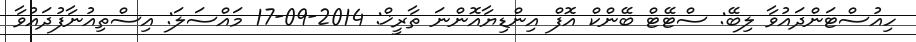
ހިއުސްޓަންދައުވާ ލިބޭ: ސްޓޭޓް ބޭންކް އޮފް އިންޑިޔާއޮންނަ ތާރީޚް: 2014-09-17 މައްސަލަ: އިސްތިއުނާފުދައުވާ